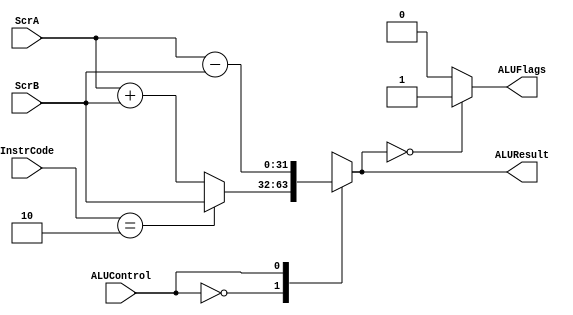
module ALU(
	ALUResult, ALUFlags,
	ScrA, ScrB, ALUControl, InstrCode
	);
	
	input [31:0] ScrA, ScrB;
	input ALUControl;
	input [2:0] InstrCode;
	
	output reg [31:0] ALUResult;
	output reg ALUFlags;
	
	always@ (*) begin
		case(ALUControl)
			1'b0: //ADD
				begin
					ALUResult = ScrA + ScrB;
				
					if(InstrCode == 3'b010) //MOV
						ALUResult = ScrB;
						
				end
			1'b1: //SUB
				ALUResult = ScrA - ScrB;
			default: //default is always needed in case statement
				ALUResult <= 31'b0;
		endcase
		
		case(ALUResult)
			32'b0:
				ALUFlags = 1'b1;
			default:
				ALUFlags = 1'b0;
		endcase
	end
endmodule